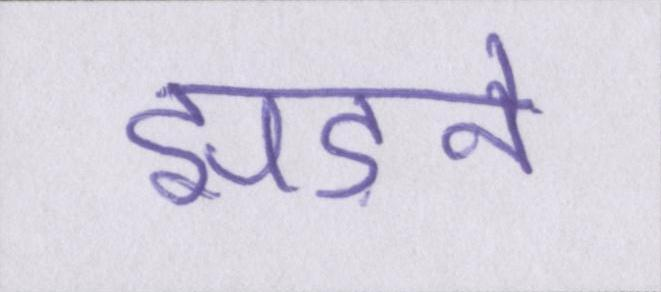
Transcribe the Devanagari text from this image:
झड़ने